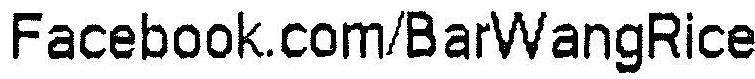
FACEBOOK.COM/BARWANGRICE